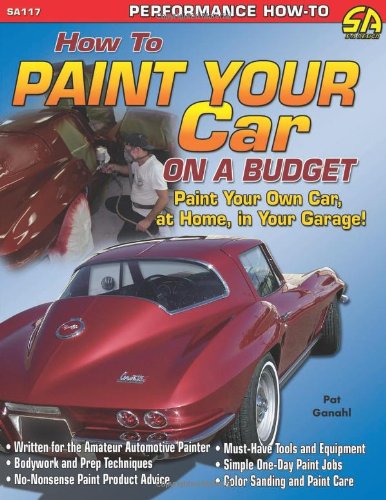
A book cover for How to Paint Your Car on a Budget (Cartech); Pat Ganahl; Engineering & Transportation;